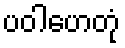
ပဝါဟေတုံ